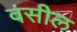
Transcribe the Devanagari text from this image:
वसील